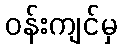
ဝန်းကျင်မှ